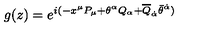
g ( z ) = e ^ { i ( - x ^ { \mu } P _ { \mu } + \theta ^ { \alpha } Q _ { \alpha } + \overline { { Q } } _ { \dot { \alpha } } \bar { \theta } ^ { \dot { \alpha } } ) }